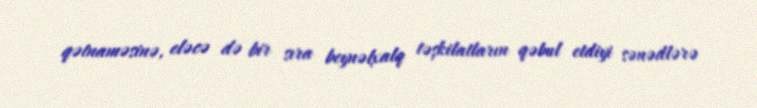
qətnaməsinə, eləcə də bir sıra beynəlxalq təşkilatların qəbul etdiyi sənədlərə